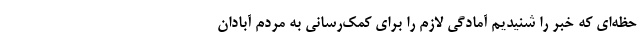
حظه‌ای که خبر را شنیدیم آمادگی لازم را برای کمک‌رسانی به مردم آبادان